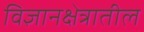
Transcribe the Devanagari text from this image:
विज्ञानक्षेत्रातील